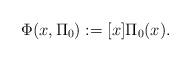
LaTeX: \begin{align*}\Phi (x,\Pi_{0}):=[x]\Pi_{0}(x).\end{align*}